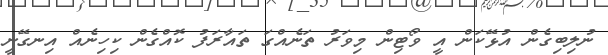
ނުލިބިގެން އުޅޭކަން އީ ވޯޓިން މިވަރު ތަނެއްގަ ތައާރަފު ކޮއްގެން ކިހިނެއް އިނގޭނީ